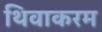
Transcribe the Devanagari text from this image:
थिवाकरम